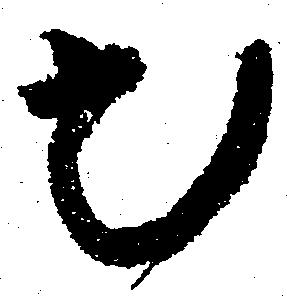
出